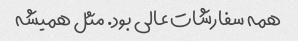
همه سفارشات عالی بود. مثل همیشه